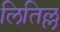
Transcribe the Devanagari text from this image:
लितिल्ल